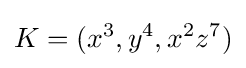
\displaystyle {K=(x^{3},y^{4},x^{2}z^{7})}